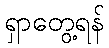
ရှာတွေ့ရန်